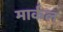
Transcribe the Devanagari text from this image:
मार्कल